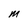
Character: M